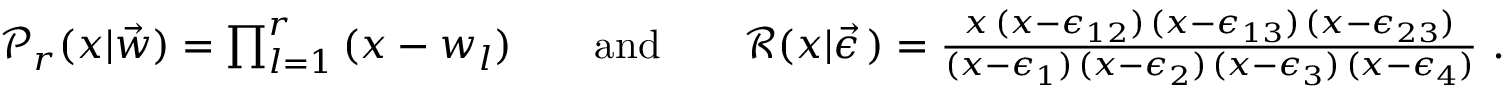
\begin{array} { r } { \mathcal { P } _ { r } ( x | \vec { w } ) = \prod _ { l = 1 } ^ { r } \, ( x - w _ { l } ) \qquad \mathrm { a n d } \qquad \mathcal { R } ( x | \vec { \epsilon } \, ) = \frac { x \, ( x - \epsilon _ { 1 2 } ) \, ( x - \epsilon _ { 1 3 } ) \, ( x - \epsilon _ { 2 3 } ) } { ( x - \epsilon _ { 1 } ) \, ( x - \epsilon _ { 2 } ) \, ( x - \epsilon _ { 3 } ) \, ( x - \epsilon _ { 4 } ) } \ . } \end{array}